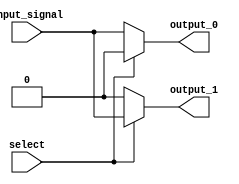
module demux(
    input input_signal,
    input select,
    output reg output_0,
    output reg output_1
);

always @(*) begin
    if(select == 1'b1) begin
        output_0 = 1'b0;
        output_1 = input_signal;
    end else begin
        output_0 = input_signal;
        output_1 = 1'b0;
    end
end

endmodule